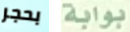
بحجر بوابة